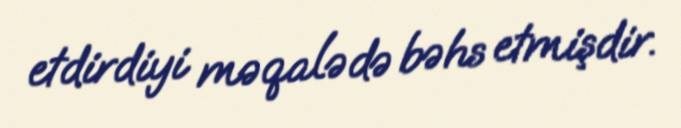
etdirdiyi məqalədə bəhs etmişdir.